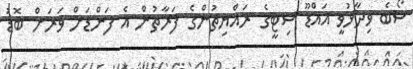
ސޯބެ ވިދާޅުވީ އައްޑޫ ސިޓީގެ ރައްޔިތުންގެ ފަރާތުން އެ ފަންޑަށް ވަރަށް ބޮޑު